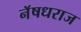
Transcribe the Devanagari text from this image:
नॅषधराज